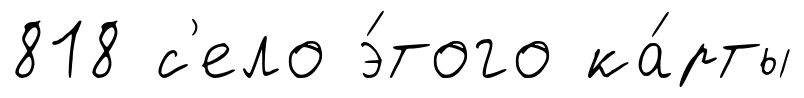
818 с'ело э́того ка́рты